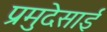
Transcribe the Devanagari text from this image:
प्रमुदेसाई